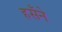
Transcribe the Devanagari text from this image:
हसँने